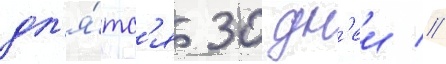
дл'я́тс'я 30 дн'еи //